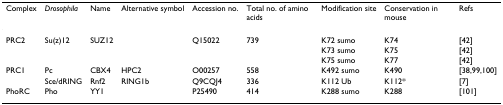
<table><thead><tr><td><b>Complex</b></td><td><b><i>Drosophila</i></b></td><td><b>Name</b></td><td><b>Alternative symbol</b></td><td><b>Accession no.</b></td><td><b>Total no. of amino acids</b></td><td><b>Modification site</b></td><td><b>Conservation in mouse</b></td><td><b>Refs</b></td></tr></thead><tbody><tr><td>PRC2</td><td>Su(z)12</td><td>SUZ12</td><td>[EMPTY_CELL]</td><td>Q15022</td><td>739</td><td>K72 sumo</td><td>K74</td><td>[42]</td></tr><tr><td>[EMPTY_CELL]</td><td>[EMPTY_CELL]</td><td>[EMPTY_CELL]</td><td>[EMPTY_CELL]</td><td>[EMPTY_CELL]</td><td>[EMPTY_CELL]</td><td>K73 sumo</td><td>K75</td><td>[42]</td></tr><tr><td>[EMPTY_CELL]</td><td>[EMPTY_CELL]</td><td>[EMPTY_CELL]</td><td>[EMPTY_CELL]</td><td>[EMPTY_CELL]</td><td>[EMPTY_CELL]</td><td>K75 sumo</td><td>K77</td><td>[42]</td></tr><tr><td>PRC1</td><td>Pc</td><td>CBX4</td><td>HPC2</td><td>O00257</td><td>558</td><td>K492 sumo</td><td>K490</td><td>[38,99,100]</td></tr><tr><td>[EMPTY_CELL]</td><td>Sce/dRING</td><td>Rnf2</td><td>RING1b</td><td>Q9CQJ4</td><td>336</td><td>K112 Ub</td><td>K112*</td><td>[7]</td></tr><tr><td>PhoRC</td><td>Pho</td><td>YY1</td><td>[EMPTY_CELL]</td><td>P25490</td><td>414</td><td>K288 sumo</td><td>K288</td><td>[101]</td></tr></tbody></table>